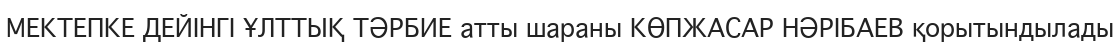
МЕКТЕПКЕ ДЕЙІНГІ ҰЛТТЫҚ ТӘРБИЕ атты шараны КӨПЖАСАР НӘРІБАЕВ қорытындылады